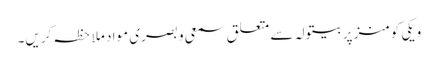
ویکی کومنز پر بیتولہ سے متعلق سمعی و بصری مواد ملاحظہ کریں۔